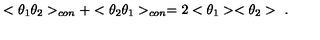
< \theta _ { 1 } \theta _ { 2 } > _ { c o n } + < \theta _ { 2 } \theta _ { 1 } > _ { c o n } = 2 < \theta _ { 1 } > < \theta _ { 2 } > \ .